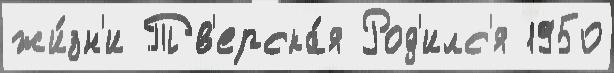
жи́зн'и Тв'ерска́я Род'илс'я 1950